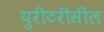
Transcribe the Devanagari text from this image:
युरीटरीसील